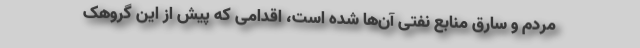
مردم و سارق منابع نفتی آن‌ها شده است، اقدامی که پیش از این گروهک